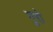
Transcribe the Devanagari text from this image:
नुरो